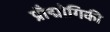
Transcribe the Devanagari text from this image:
प्रौद्मोगिकी